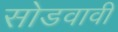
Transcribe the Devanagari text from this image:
सोडवावी